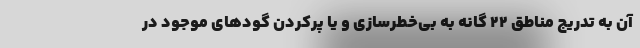
آن به تدریج مناطق ۲۲ گانه به بی‌خطرسازی و یا پرکردن گودهای موجود در